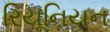
રિયૂનિયન